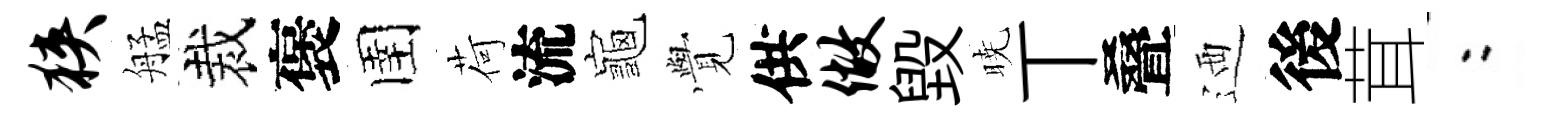
狭艋裁褒圉荷流龜𮗜供做毁暁丅叠迺後茸欸